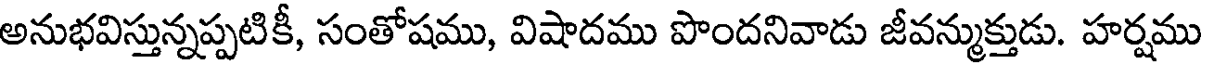
అనుభవిస్తున్నప్పటికీ, సంతోషము, విషాదము పొందనివాడు జీవన్ముక్తుడు. హర్షము